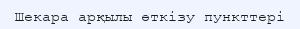
Шекара арқылы өткізу пункттері